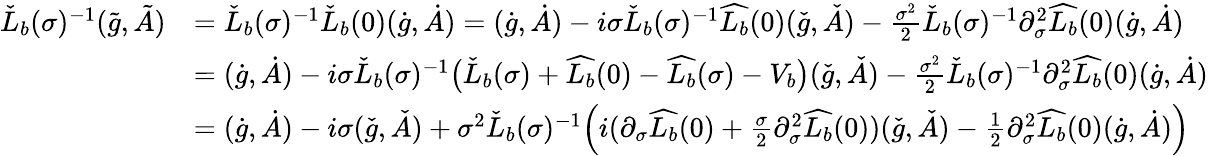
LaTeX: \begin{array}{rl}{\check{L}_{b}(\sigma)^{-1}(\tilde{g},\tilde{A})}&{=\check{L}_{b}(\sigma)^{-1}\check{L}_{b}(0)(\dot{g},\dot{A})=(\dot{g},\dot{A})-i\sigma\check{L}_{b}(\sigma)^{-1}\widehat{L_{b}}(0)(\check{g},\check{A})-\frac{\sigma^{2}}{2}\check{L}_{b}(\sigma)^{-1}\partial_{\sigma}^{2}\widehat{L_{b}}(0)(\dot{g},\dot{A})}\\ &{=(\dot{g},\dot{A})-i\sigma\check{L}_{b}(\sigma)^{-1}\big(\check{L}_{b}(\sigma)+\widehat{L_{b}}(0)-\widehat{L_{b}}(\sigma)-V_{b}\big)(\check{g},\check{A})-\frac{\sigma^{2}}{2}\check{L}_{b}(\sigma)^{-1}\partial_{\sigma}^{2}\widehat{L_{b}}(0)(\dot{g},\dot{A})}\\ &{=(\dot{g},\dot{A})-i\sigma(\check{g},\check{A})+\sigma^{2}\check{L}_{b}(\sigma)^{-1}\Big(i(\partial_{\sigma}\widehat{L_{b}}(0)+\frac{\sigma}{2}\partial_{\sigma}^{2}\widehat{L_{b}}(0))(\check{g},\check{A})-\frac{1}{2}\partial_{\sigma}^{2}\widehat{L_{b}}(0)(\dot{g},\dot{A})\Big)}\end{array}